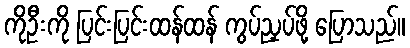
ကိုဦးကို ပြင်းပြင်းထန်ထန် ကွပ်ညှပ်ဖို့ ပြောသည်။